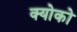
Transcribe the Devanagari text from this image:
क्योको